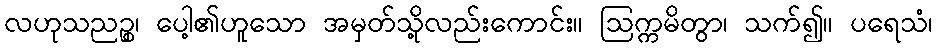
လဟုသညဉ္စ၊ ပေါ့၏ဟူသော အမှတ်သို့လည်းကောင်း။ ဩက္ကမိတွာ၊ သက်၍။ ပရေသံ၊